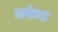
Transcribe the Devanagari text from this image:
ब्लेण्ड